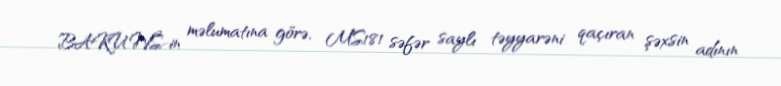
BAKU.WS-in məlumatına görə, MS181 səfər saylı təyyarəni qaçıran şəxsin adının